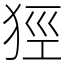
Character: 㹵